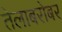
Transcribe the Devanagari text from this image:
तेलाबरोबर